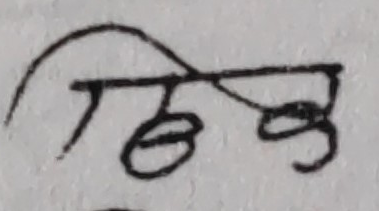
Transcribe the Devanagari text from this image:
ठीक